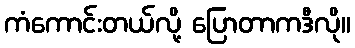
ကံကောင်းတယ်လို့ ပြောတာကဒီလို။